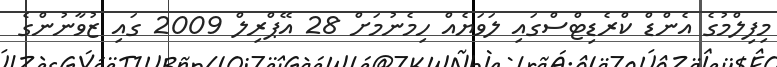
މިފިލްމުގެ އެންޑް ކްރެޑިޓްސްގައި ލަވަޔެއް ހިމެނުމަށް 28 އޭޕްރިލް 2009 ގައި ޒުވާނުންގެ